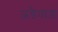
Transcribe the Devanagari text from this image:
अड़ैवाड़